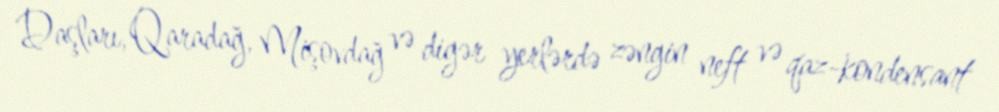
Daşları, Qaradağ, Mişovdağ və digər yerlərdə zəngin neft və qaz-kondensant